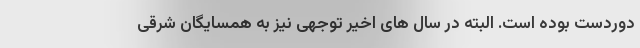
دوردست بوده است. البته در سال های اخیر توجهی نیز به همسایگان شرقی